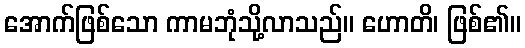
အောက်ဖြစ်သော ကာမဘုံသို့လာသည်။ ဟောတိ၊ ဖြစ်၏။